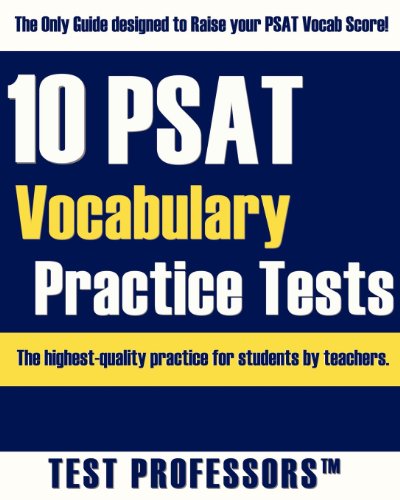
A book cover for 10 PSAT Vocabulary Practice Tests; Paul G. IV Simpson; Test Preparation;